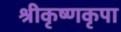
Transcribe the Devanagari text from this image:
श्रीकृष्णकृपा